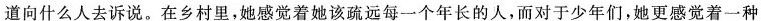
道向什么人去诉说。在乡村里，她感觉着她该远每一个年长的人，而对于少年们，娘更感觉着一种